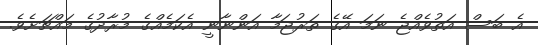
އެ ބަސް އަތުވެއްޖެ ނަމަ އޭގެ ތަރުޖަމާ އަންނާނީ އެކަމެއްގެ މުރާދުގެ މައްޗަށެވެ.